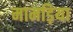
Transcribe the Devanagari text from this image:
मामड़िया